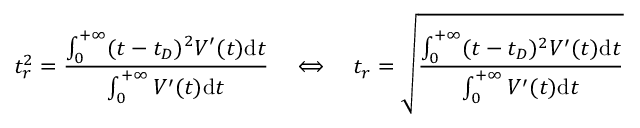
t _ { r } ^ { 2 } = { \frac { \int _ { 0 } ^ { + \infty } ( t - t _ { D } ) ^ { 2 } V ^ { \prime } ( t ) \mathrm { d } t } { \int _ { 0 } ^ { + \infty } V ^ { \prime } ( t ) \mathrm { d } t } } \quad \Longleftrightarrow \quad t _ { r } = { \sqrt { \frac { \int _ { 0 } ^ { + \infty } ( t - t _ { D } ) ^ { 2 } V ^ { \prime } ( t ) \mathrm { d } t } { \int _ { 0 } ^ { + \infty } V ^ { \prime } ( t ) \mathrm { d } t } } }